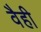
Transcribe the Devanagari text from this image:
वैही